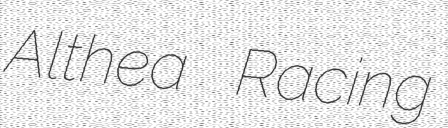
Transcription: Althea Racing